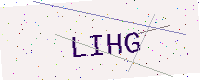
Text: LIHG